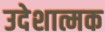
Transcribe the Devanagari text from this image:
उदेशात्मक